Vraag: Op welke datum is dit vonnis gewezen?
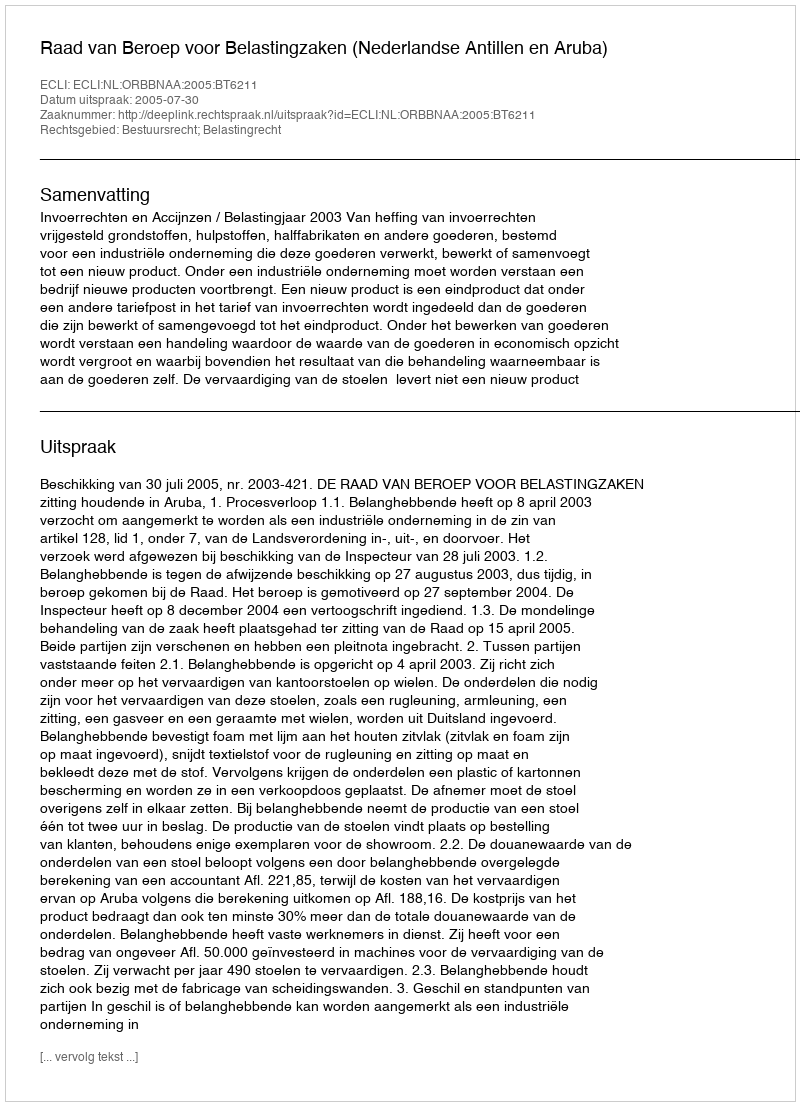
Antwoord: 2005-07-30